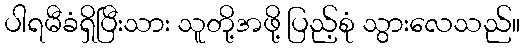
ပါရမီခံရှိပြီးသား သူတို့အဖို့ ပြည့်စုံ သွားလေသည်။